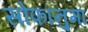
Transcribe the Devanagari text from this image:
सोफानुमा